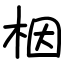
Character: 栶